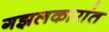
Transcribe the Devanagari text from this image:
गझलकारांत